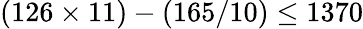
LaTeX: (126\times 11)-(165/10)\leq 1370